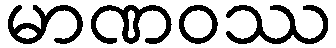
မာဏဝဿ